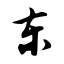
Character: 东